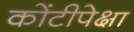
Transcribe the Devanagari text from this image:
कोंटीपेक्षा